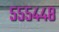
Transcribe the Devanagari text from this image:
५५५४४८